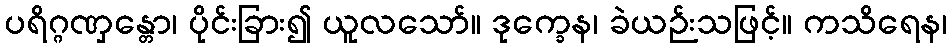
ပရိဂ္ဂဏှန္တော၊ ပိုင်းခြား၍ ယူလသော်။ ဒုက္ခေန၊ ခဲယဉ်းသဖြင့်။ ကသိရေန၊